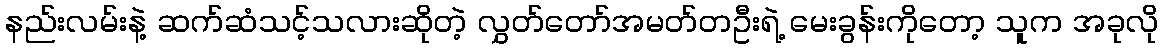
နည်းလမ်းနဲ့ ဆက်ဆံသင့်သလားဆိုတဲ့ လွှတ်တော်အမတ်တဦးရဲ့ မေးခွန်းကိုတော့ သူက အခုလို